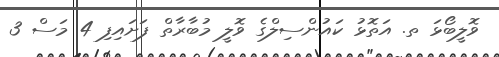
ވޮލީބޯޅަ ތ. އަތޮޅު ކައުންސިލްގެ ވޮލީ މުބާރާތް ފަށައިފި 4 މަސް 3